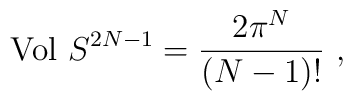
{\rm Vol}\ S^{2N - 1} = \frac{2 \pi^N}{(N - 1)!} \ ,